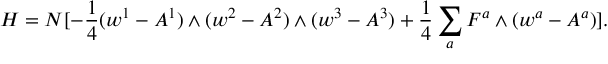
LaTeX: H = N [ - { \frac { 1 } { 4 } } ( w ^ { 1 } - A ^ { 1 } ) \wedge ( w ^ { 2 } - A ^ { 2 } ) \wedge ( w ^ { 3 } - A ^ { 3 } ) + { \frac { 1 } { 4 } } \sum _ { a } F ^ { a } \wedge ( w ^ { a } - A ^ { a } ) ] .